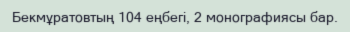
Бекмұратовтың 104 еңбегі, 2 монографиясы бар.